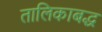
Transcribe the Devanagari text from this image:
तालिकाबद्ध